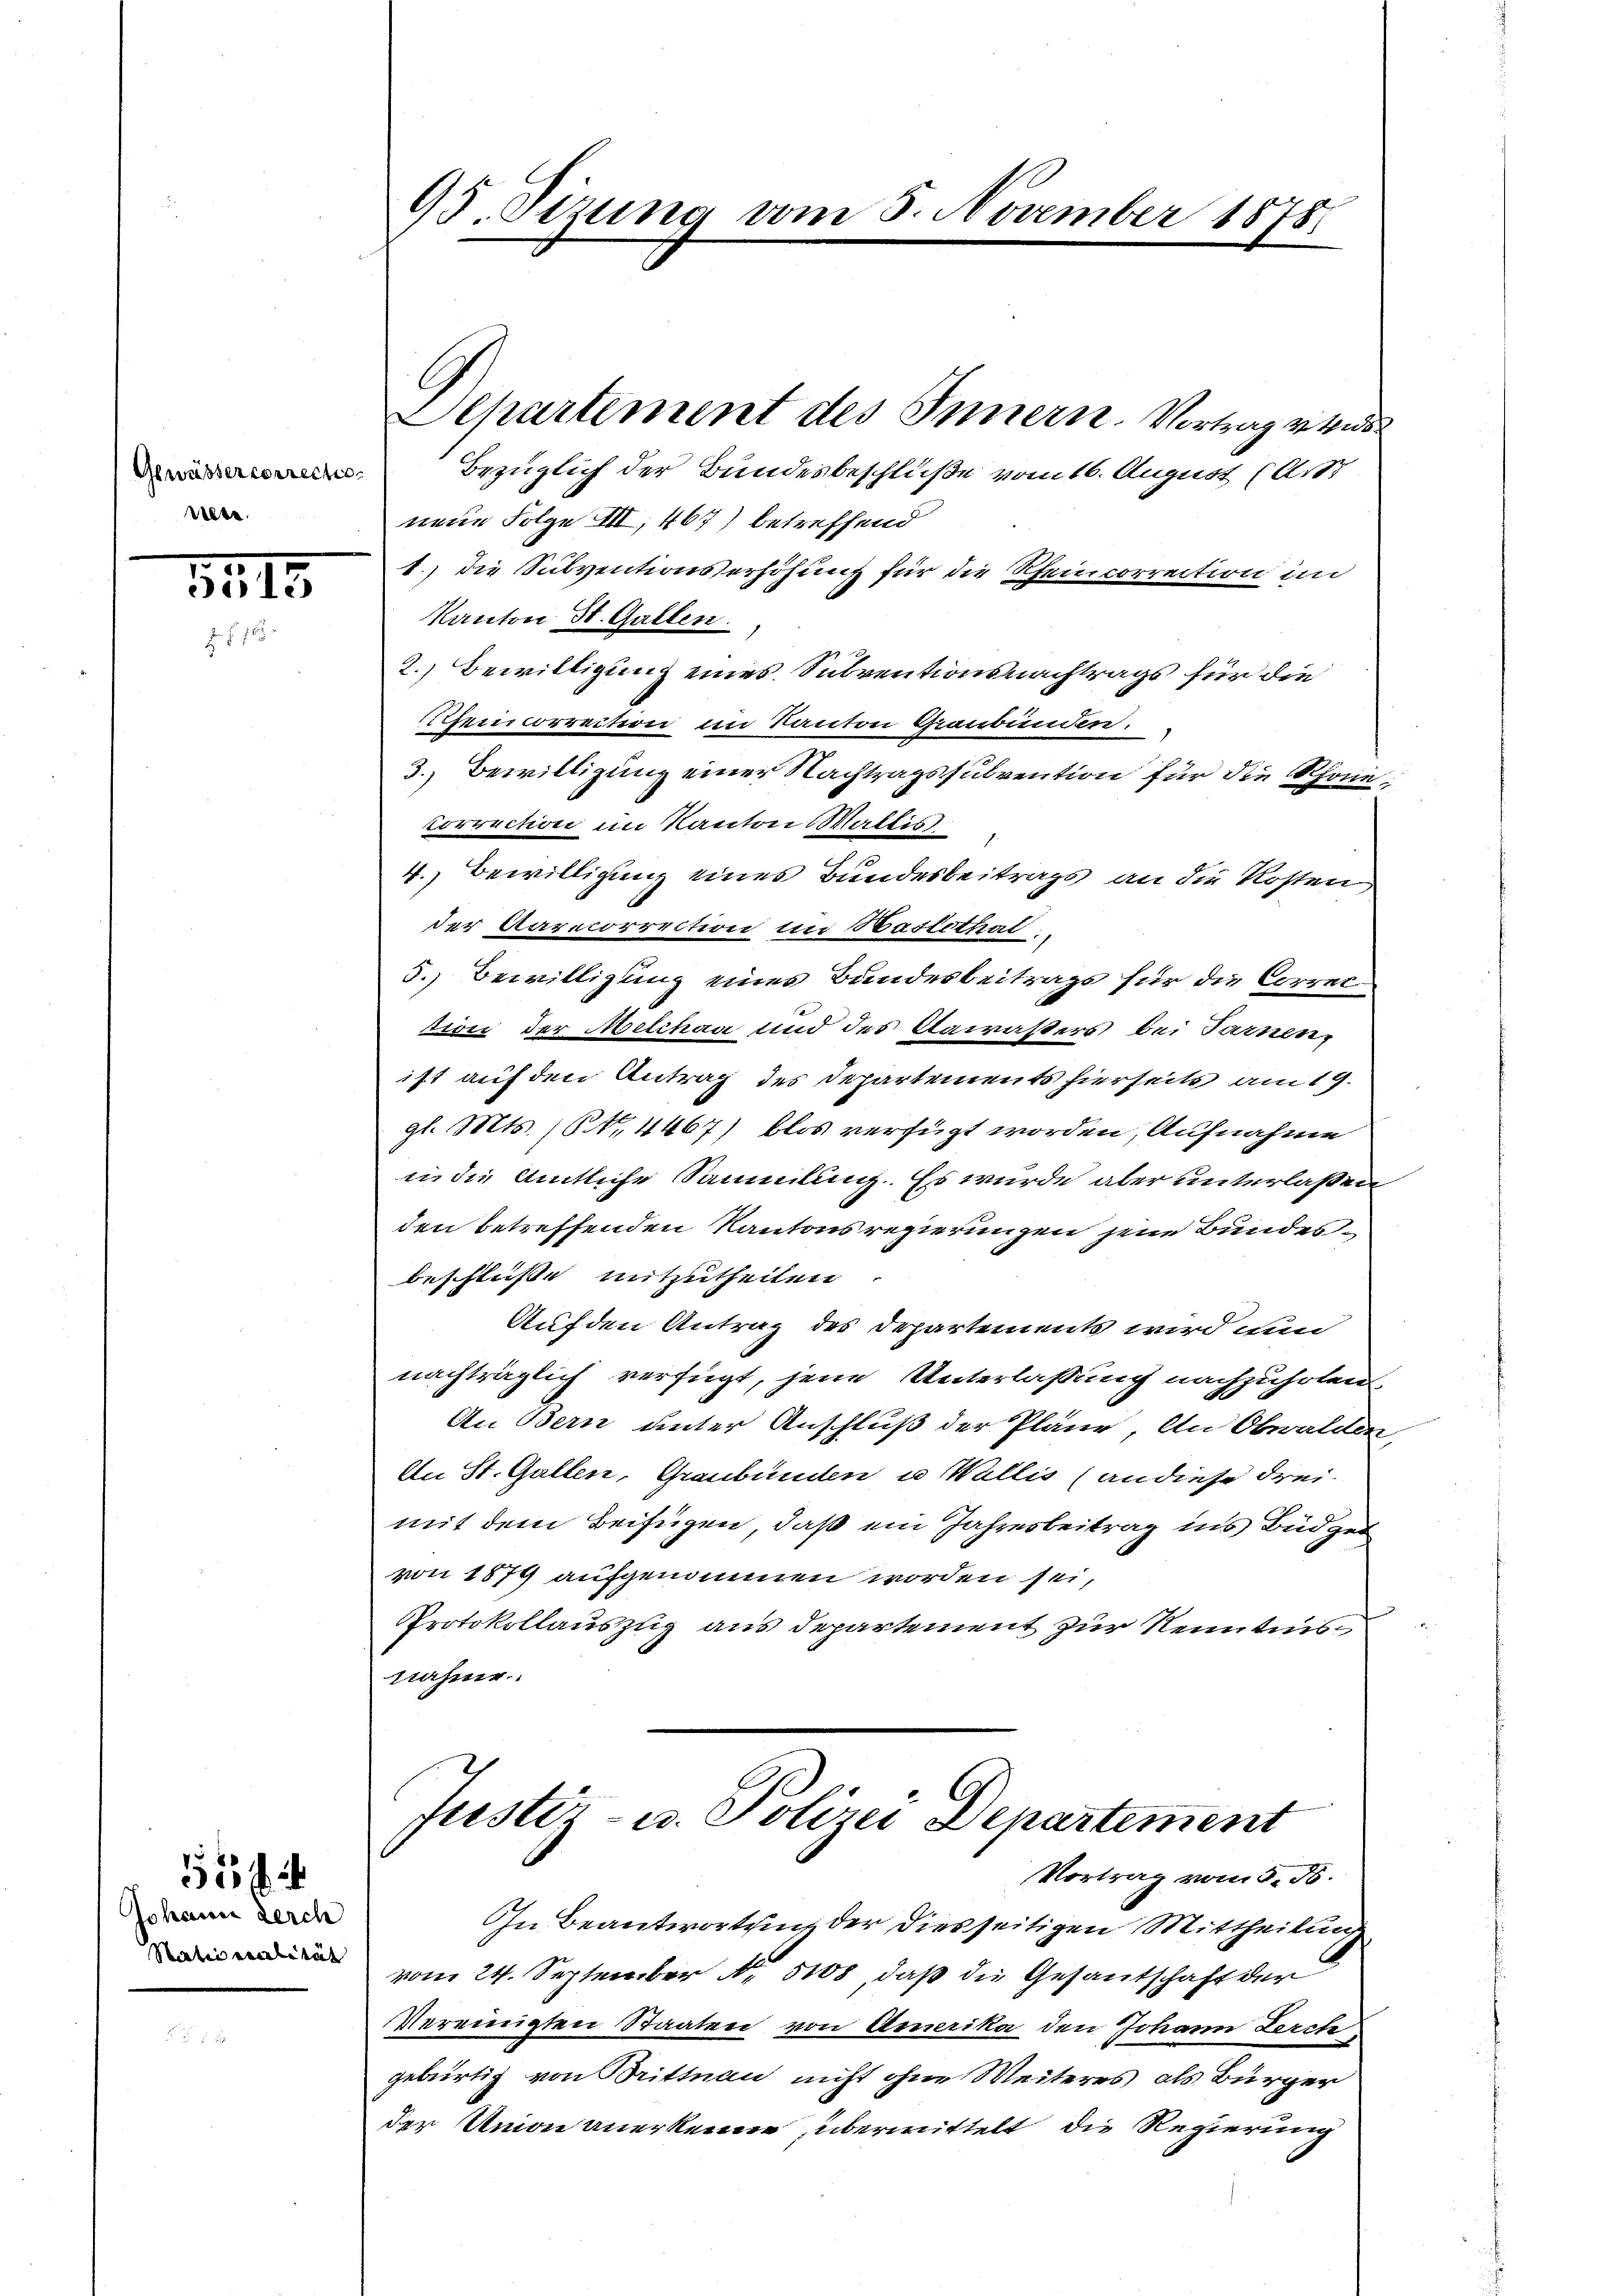
Gewässercorreche
Alte.

1815
 s. f.

Johann zerch
Statio realität

2

95. Sizung vom 5. November 1878

Bezüglich der Bundesbeschluße vom 16. August (Art
neue Folge III 467) betreffend
1.) Die Subventionserhöhung für die Rheincorrection im
Kanton St. Gallen.
2.) Bewilligung eines Subventionsnachtrags für die
Remicorrection im Kanton Graubünden.
3. Bewilligung einer Nachtragssubvention für die Rhein;
Correction im Kanton Wallis
4. Bewilligung eines Bundesbeitrags an die Kosten
der Rapecorrection in Baslethal.
5.) Bewilligung eines Bundesbeitrags für die Correczioni der Melchen und des Sarasters bei Sarnenist auf den Antrag des Departements hierseits am 19.
gl. Mts. (§ 4467) blos verfügt worden, Aufnahme
i die Amtliche Sammlung. Es wurde aber unterlaßen
den betreffenden Kantonsregierungen jene Bundesbeschlüße mitzutheilen.
Auf den Antrag des Departement wird nun
nachträglich verfügt, jene Unterlassung nachzuholen.
An Bern unter Anschluß der Pläne. An Obwalden,
An St. Gallen, Graubünden u Wallis (an diese Frei-
mit dem Beifügen, daß ein Jahresbeitrag ins Büdget
von 1879 aufgenommen worden sei,
Protokollauszug aus Departement zur Kenntnis
nahme

Separtement des Innern. Vortrag vers

Justiz- u. Polizei Departement
Vortrag vom 5. d.

In Beantwortung der diesseitigen Mittheilung
vom 24. September No 5108, daß die Gesantschaft der
Vereinigten Staaten von Amerika den Johann Lerch
gebürtig von Trittnau nicht ohne Weiteres als Bürger
der Union anerkenne, übermittelt die Regierung